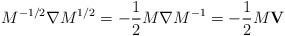
LaTeX: \begin{align*}M^{-1/2} {\bf \nabla} M^{1/2} = -{1\over 2} M {\bf \nabla} M^{-1} = -{1\over 2}M {\bf V}\end{align*}